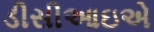
ડીસીઆઇએ